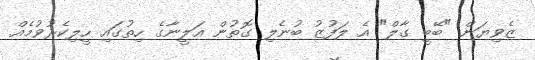
ޒެވިޔަން "ބޭބީ ގާލް" އެ ލަފުޒު ބުނެލި ގޮތުން އަލީނާގެ ހިތުގައި ހީލިކެރުވުމެއް